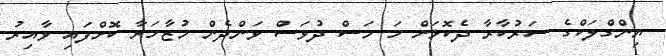
ޔިންގްލަކްގެ ސަރުކާރާ ދެކޮޅަށް ހަ މަސް ދުވަސް ވަންދެން މުޒާހަރާ ކޮށްފައި ވާއިރު